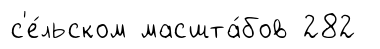
с'е́льском масшта́бов 282